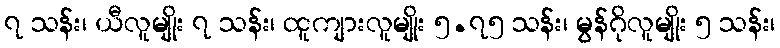
၇ သန်း၊ ယီလူမျိုး ၇ သန်း၊ ထူကျားလူမျိုး ၅.၇၅ သန်း၊ မွန်ဂိုလူမျိုး ၅ သန်း၊